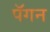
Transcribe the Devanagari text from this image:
पॅगन